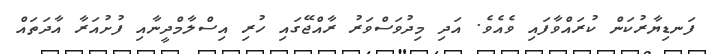
ފަނޑިޔާރުކަން ކުރައްވާފައި ވެއެވެ. އަދި މިދުވަސްވަރު ރާއްޖޭގައި ހުރި އިސްލާމްދީނާއި ފުށުއަރާ އާދަތައް